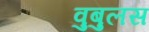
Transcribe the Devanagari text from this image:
वुबुलस